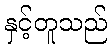
နှင့်တူသည်